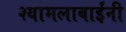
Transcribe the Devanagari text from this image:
श्यामलाबाईंनी